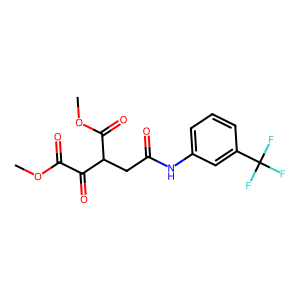
SMILES: COC(=O)C(=O)C(CC(=O)Nc1cccc(C(F)(F)F)c1)C(=O)OC
Inhibits HIV replication: No